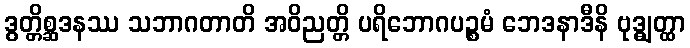
ဒွတ္တိစ္ဆဒနဿ သဘာဂတာတိ အဝိညတ္တိ ပရိဘောဂပဉ္စမံ ဘေဒနာဒီနိ ဗုဒ္ဓျတ္ထာ